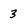
Character: 3